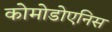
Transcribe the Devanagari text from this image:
कोमोडोएनिस